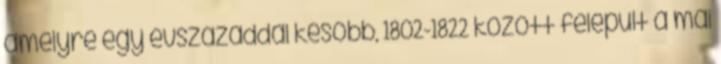
amelyre egy évszázaddal később, 1802-1822 között felépült a mai